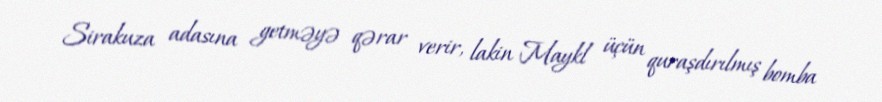
Sirakuza adasına getməyə qərar verir, lakin Maykl üçün quraşdırılmış bomba